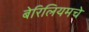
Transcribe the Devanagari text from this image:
बेरिलियमचे